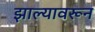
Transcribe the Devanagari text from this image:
झाल्यावरून